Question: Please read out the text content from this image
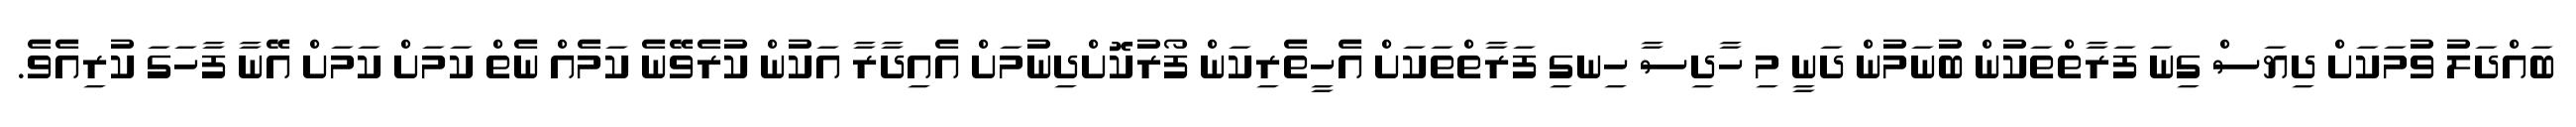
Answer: ބައްދަލު ވުމަކަށް ދިޔަސް ގިނަ ފަރާތްތަކުން ބުނަމުން ދަނީ މި ހާދިސާ ހިނގި ފަރާތްތަކަށް އެހީތެރިކަން ފޯރުކޮށްދިނުމަށް އެއިދާރާ އަކުން ކުރެވޭނެ ކަމެއް ނެތް ކަމަށް ކަމަށް އޭނާ ފާހަގަ ކުރިއެވެ.